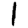
Digit: 1